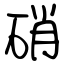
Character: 硝